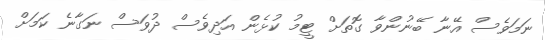
ނަމަވެސް އޭނާ ބޭނުންވާ ގޮތަށް ޓީމު ކުޅެން އަދިވެސް ދުވަސް ނަގާނެ ކަމަށް